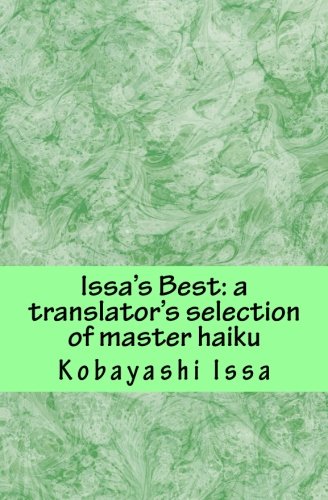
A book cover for Issa's Best: A Translator's Selection of Master Haiku, Print Edition; Issa Kobayashi; Literature & Fiction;